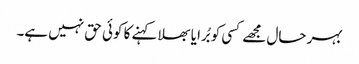
بہر حال مجھے کسی کو بُرا یا بھلا کہنے کا کوئی حق نہیں ہے۔